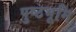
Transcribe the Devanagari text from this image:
पुष्ठभूमि